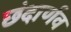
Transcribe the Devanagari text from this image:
छंदार्णव